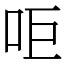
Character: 𠰠